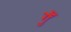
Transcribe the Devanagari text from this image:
गुँ